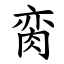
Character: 脔